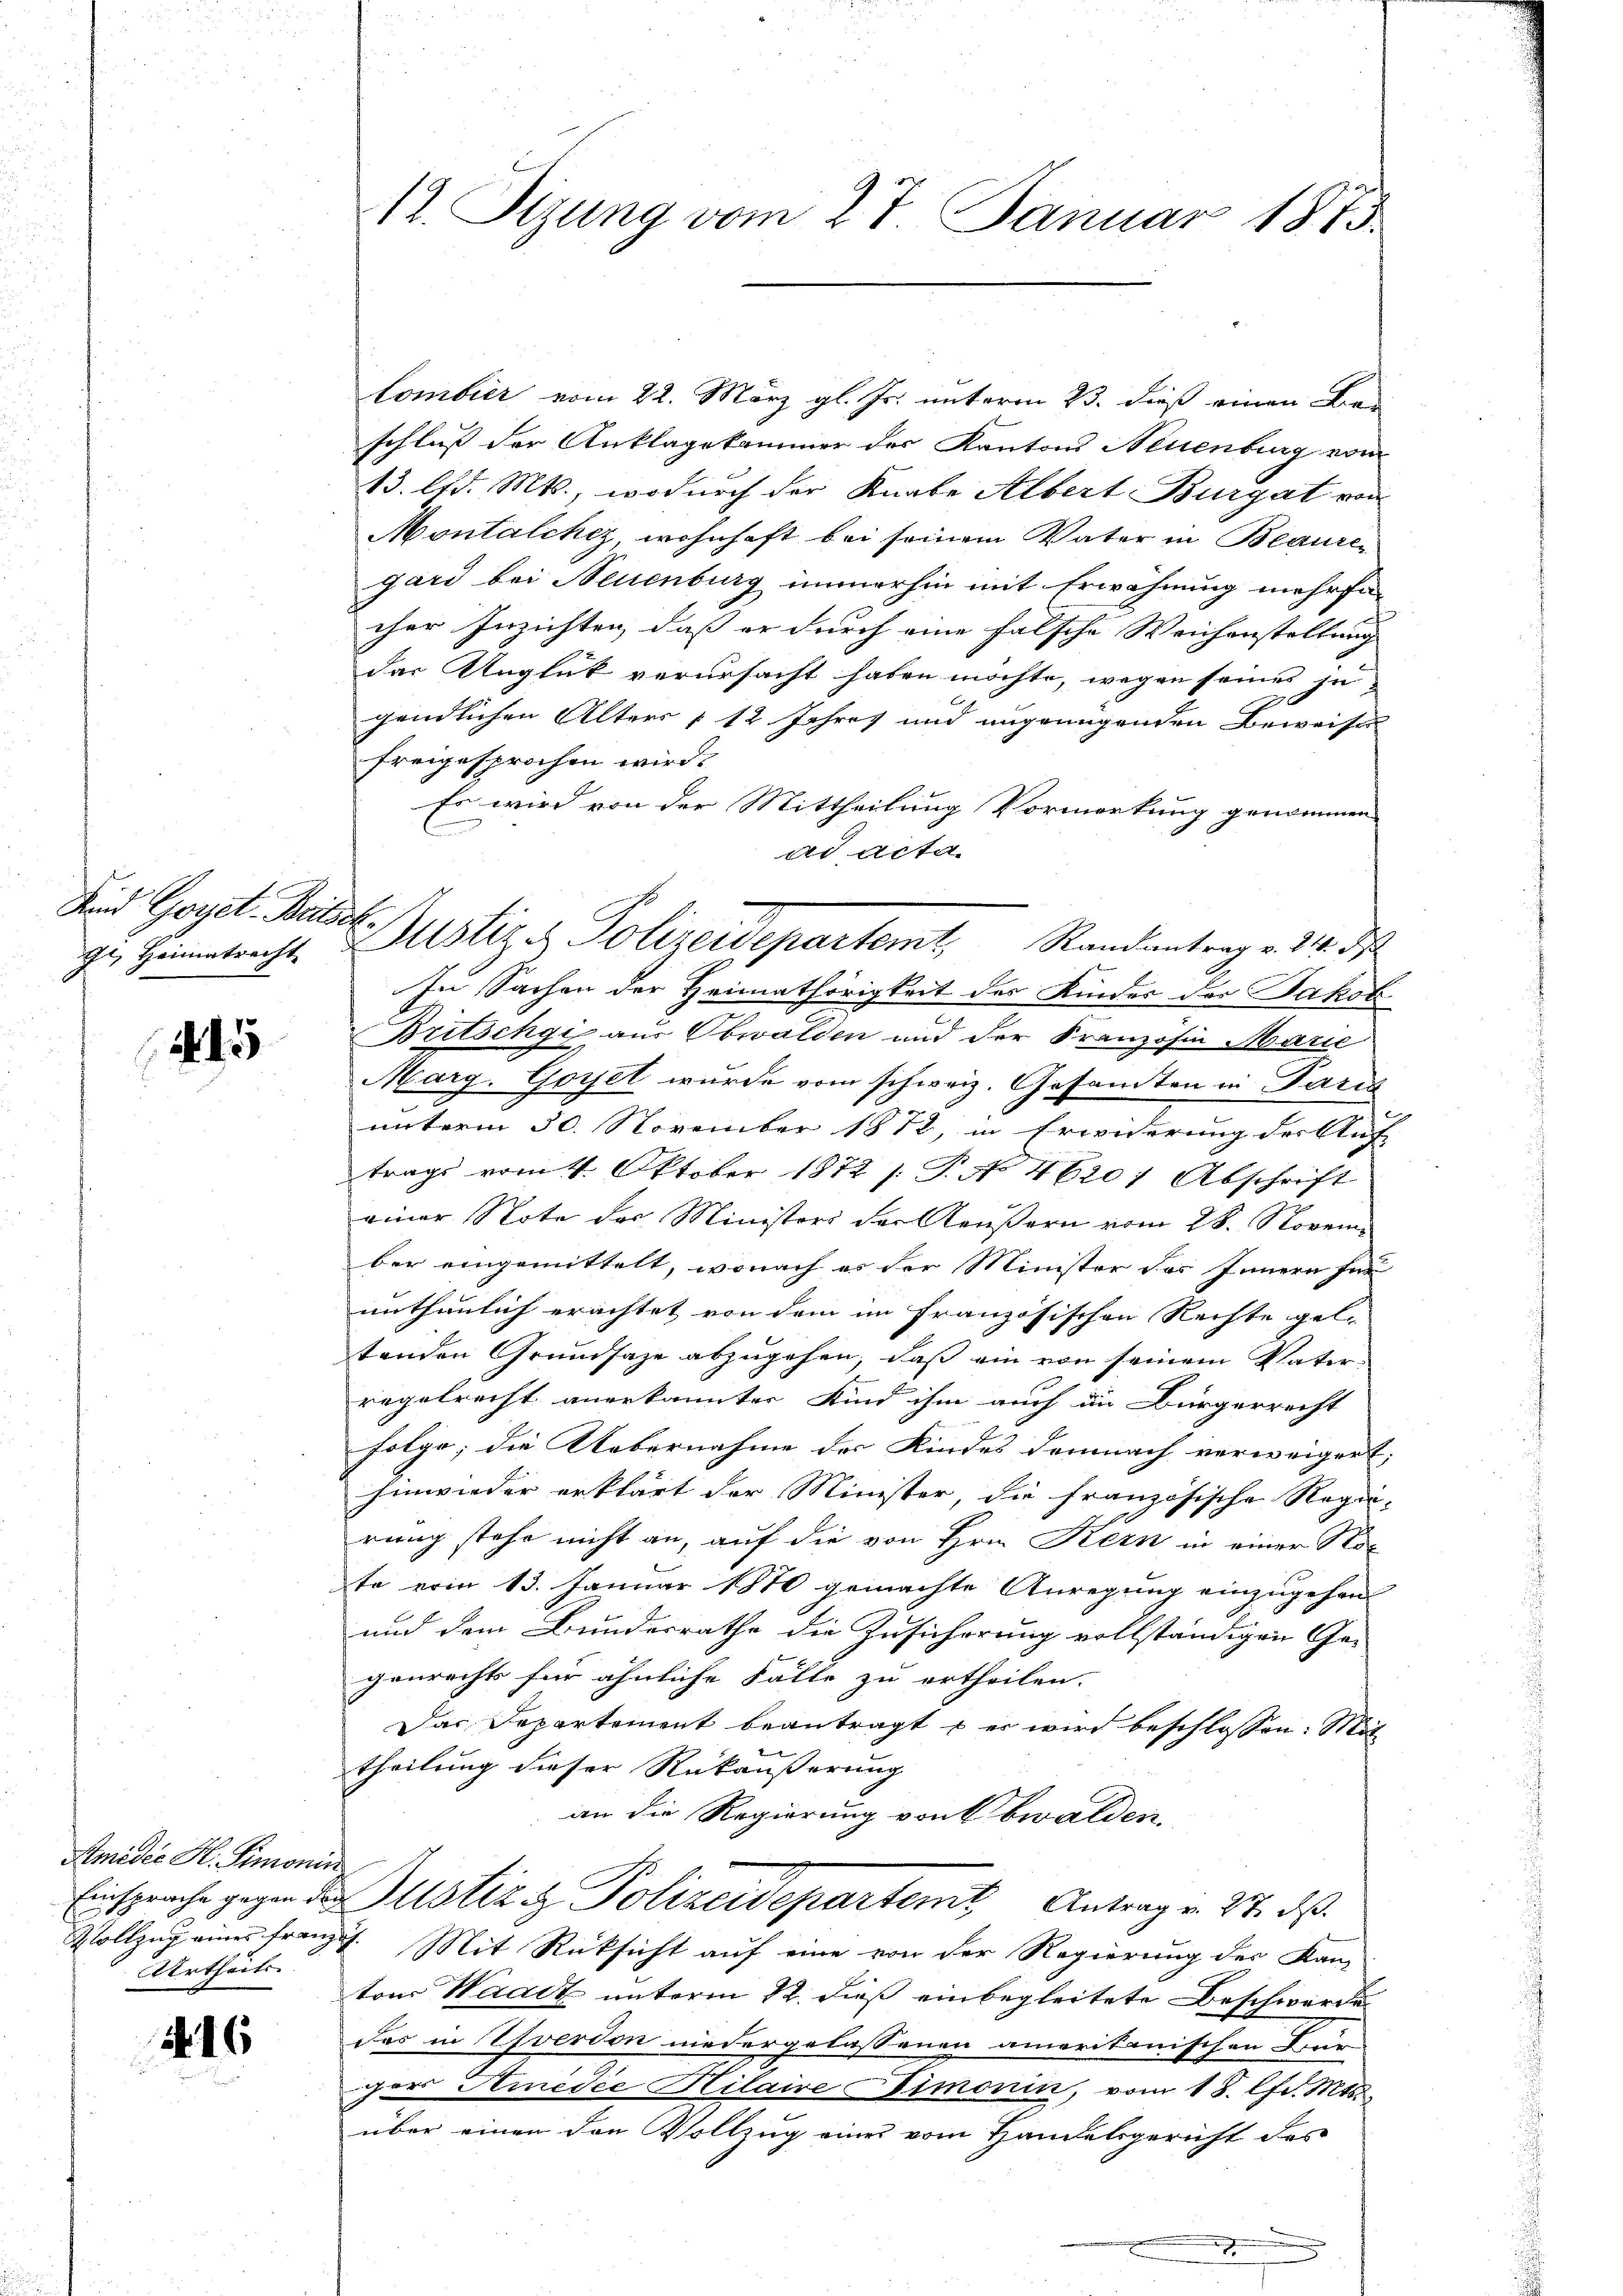
Kind Goyet. Beitsch
Gl. Heimatrecht

145

Amider H. Simoni
Urtheils.

16

12. Sizung vom 27. Januar 1875.

Bustiz & Polizeidepartemt, Randantrag v. 24. ds.

Combier vom 22. März gl. Js. unterm 23. dieß einen Ber
schluß der Anklagekammer der Kantons Neuenburg vom
13. lfd. Mts., wodurch der Knabe Albert Burgat von
Montalckez, wohnhaft bei seinem Vater in Beauren
gard bei Neuenburg immerhin mit Erwähnung mehrfa
cher Inzichten, daß er durch eine falsche Weichenstellung
das Unglück verursacht haben möchte, wegen seines ju
gendlichen Alters § 12 Jahres und angenügenden Beweisen
freigesprochen wird.
Es wird von der Mittheilung Vormerkung genommen
ad acta.
In Sachen der Heimathörigkeit des Kinder der Jakob
Britschgi aus Obwalden und der Französin Marie
Marg. Goyet wurde vom schweiz. Gesamten in Paris
unterm 30. November 1872, in Erwiderung der Auf
trags vom 4. Oktober 1872 s. P. Nr. 46201 Abschrift
einer Note des Ministers der Aeußern vom 28. Novem
ber eingemittelt, wonach es der Minister des Innern für
unthunlich erachtet von dem im französischen Rechte gele
tenden Grundsaze abzugehen, daß ein von seinem Vaterregelrecht anerkannter Kind ihm auch im Bürgerrecht
folge; die Uebernahme des Kindes demnach verweigert,
hinwieder erklärt der Minister, die französische Rege-
rung stehe nicht an, auf die von Hrn. Kern in einer Note vom 13. Januar 1870 gemachte Anregung einzugehen
und dem Bundesrathe die Zusicherung vollständigen Ge-
genrechts für ähnliche Fälle zu ertheilen.
Das Departement beantragt – er wird beschlossen: Mit
theilung dieser Rükäußerung
an die Regierung von Obwalden.
Einsprache gegen der Justiz & Polizeidepartemit Antrag v. 27. ds.
Vollzug eines franz. Mit Rücksicht auf eine von der Regierung der Kanton Waadt unterm 12. dieß einbegleitete Beschwerde
das in verdon niedergelassenen amerikanischen Für-
Der Hinidie Hilaire Simonin, vom 18. lfd. Mts.
über einen den Vollzug eines vom Handelsgericht des
a